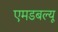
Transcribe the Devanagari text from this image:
एमडबल्यू